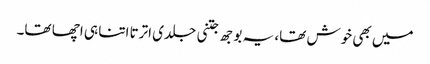
میں بھی خوش تھا، یہ بوجھ جتنی جلدی اترتا اتنا ہی اچھا تھا۔